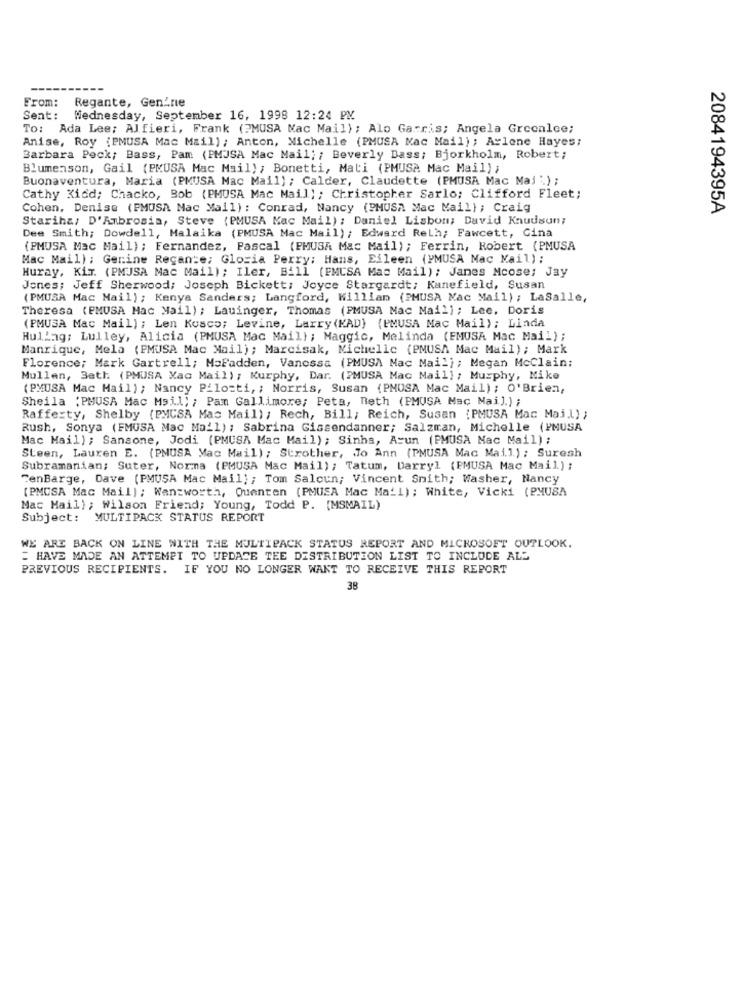
From:
Regante, Gen'ne
Sent: Wednesday, September 16, 1998 12:24 PM
To: Ada Lee; Alfieri, Frank (?MUSA Mac Mail); Alo Garris; Angela Greenlee;
Anise, Roy (PMUSA Mac Mail); Anton, Michelle (PMUSA Mac Mail); Arlene Hayes;
Barbara Peck; Bass, Pam (PMJSA Mac Mail; ; Beverly Dass; Bjorkholm, Robert;
Blumenson, Gail (PMUSA Mac Mail) ; Bonetti, Mati (PMUSA Mac Mail) ;
Buonaventura, Maria (PMUSA Mac Mail); Calder, Claudette (PMUSA Mac Maj ") ;
Cathy Kidd; Chacko, Bob (PMUSA Mac Mail); Christopher Sarlo; Clifford Fleet;
Cohen, Denise (FMUSA Mac Mail): Conrad, Nancy (PHUSA Mac Mail); Craig
2084194395A
Stariha/ D'Ambrosia, Steve (PMUSA Mac Mail) ; Daniel Lisbon; David Knudsun;
Dee Smith; Dowdell, Malaika (PMUSA Mac Mail); Edward Reth; Fawcett, Cina
(PMUSA Mac Mail); Fernandez, Pascal (PMUSA Mac Mail); Ferrin, Robert (PMUSA
Mac Mail); Gerine Recante; Gloria Perry; Hans, Eileen (PMUSA Mac Mail) ;
Huray, KiT. (PMJSA Mac Mail); Iler, Bill (FMCSA Mac Mail); James Mcose; Jay
Jones; Jeff Sherwood; Joseph Bickett; Joyce Stargardt; Kanefield, Susan
(PMUSA Mac Mail); Kenya Sanders; Langford, William (PMUSA Kac Mail) ; LaSalle,
Theresa (PMUSA Mac Mail) ; Lauinger, Thomas (PMUSA Mac Mail) ; Lee. Doris
(PMUSA Mac Mail) ; Len Kosco; Levine, Larry (KAD) (PMUSA Mac Mail); Linda
HulLag; Lulley, Alicia (PMUSA Mac Mail) ; Maggic, Melinda (FMUSA Mac Mail) ;
Manrique, Mela (PMUSA Mac Mail); Marcisak, Michelle (PMUSA Mac Mail); Mark
Florence; Mark Gartrell; MaFadden, Vanessa (PMUSA Mac Mail); Megan McClain;
Mullen, 3ath (PMUSA Mac Mail) ; Murphy, Dar. (PMUSA Mac Mail) ; Murphy, Mike
(PMUSA Mac Mail); Nancy Pilozti, ; Norris, Susan (PMUSA Mac Mail); O'Brien,
Sheila :PMUSA Mac Mail) ; Pam Gallimore; Peta, neth (PMUSA Mac Mail.) ;
Rafferty, Shelby (PMCSA Mac Mail) ; Rech, Bill; Reich, Susan (PMUSA Mac Mail) ;
Rush, Sonya (FMUSA Mac Mail); Sabrina Gissendanner; Salzman, Michelle (PMUSA
Mac Mail); Sansone, Jodi (PMUSA Mac Mail); Sinha, Asun (PMUSA Mac Mail) ;
Steen, Lauren E. (PMUSA Mac Mail); Strother, Jo Ann (PMUSA Mac Mail.); Suresh
Subramanian: Suter, Norma (PMUSA Mac Mail); Tatum, Darryl (PMUSA Mac Mail) ;
FenBarge, Dave (PMUSA Mac Mail) ; Tom Saloun; Vincent Smith; Washer, Nancy
(PMOSA Mac Mail) ; Wanzworth, Quenten (PMUSA Mac Mail) ; White, Vicki (PMUSA
Mac Mail); Wilson Friend; Young, Todd P. (MSMAIL)
Subject: MULTIPACK STATUS REPORT
WE ARE BACK ON LINE WITH THE MULTIPACK STATUS REPORT AND MICROSOFT OUTLOOK.
= HAVE MADE AN ATTEMPT TO UPDATE TEE DISTRIBUTION LIST TO INCLUDE ALL
PREVIOUS RECIPIENTS. IF YOU NO LONGER WANT TO RECEIVE THIS REPORT
38